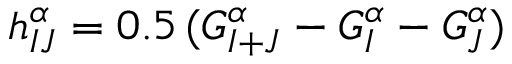
h _ { I J } ^ { \alpha } = 0 . 5 \, ( G _ { I + J } ^ { \alpha } - G _ { I } ^ { \alpha } - G _ { J } ^ { \alpha } )